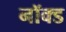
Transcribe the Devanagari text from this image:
नॉक्ड